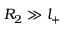
R _ { 2 } \gg l _ { + }